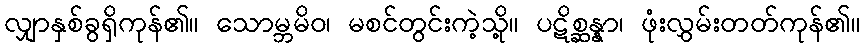
လျှာနှစ်ခွရှိကုန်၏။ သောမ္ဘမိဝ၊ မစင်တွင်းကဲ့သို့။ ပဋိစ္ဆန္နာ၊ ဖုံးလွှမ်းတတ်ကုန်၏။